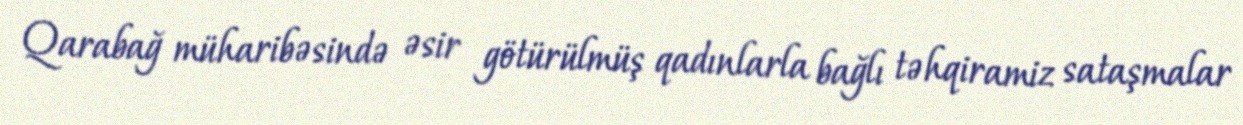
Qarabağ müharibəsində əsir götürülmüş qadınlarla bağlı təhqiramiz sataşmalar